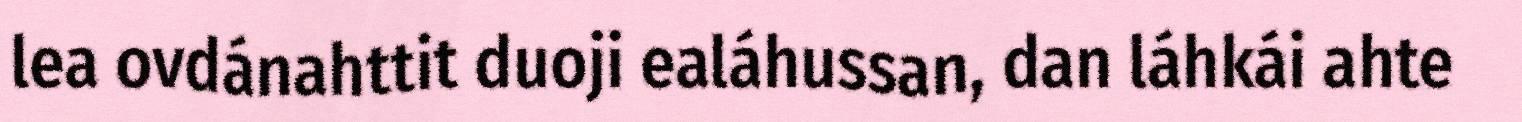
lea ovdánahttit duoji ealáhussan, dan láhkái ahte